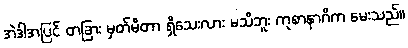
အဲဒါအပြင် တခြား မှတ်မိတာ ရှိသေးလား မသိဘူး ကုစာနာဂိက မေးသည်။